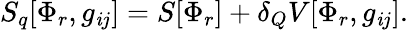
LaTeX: S_{q}[\Phi_{r},g_{\mathit{i}j}]=S[\Phi_{r}]+\delta_{Q}V[\Phi_{r},g_{\mathit{i}j}].